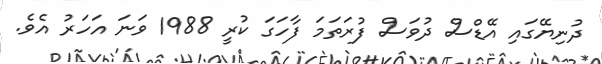
ދުނިޔޭގައި އޭޑްސް ދުވަސް ފުރަތަމަ ފާހަގަ ކުރީ 1988 ވަނަ އަހަރު އެވެ.